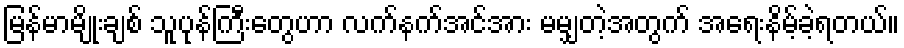
မြန်မာမျိုးချစ် သူပုန်ကြီးတွေဟာ လက်နက်အင်အား မမျှတဲ့အတွက် အရေးနိမ့်ခဲ့ရတယ်။